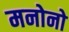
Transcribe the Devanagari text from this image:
मनोनो